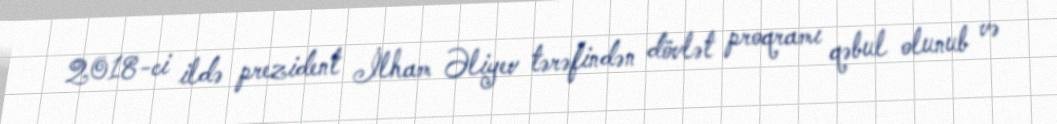
2018-ci ildə prezident İlham Əliyev tərəfindən dövlət proqramı qəbul olunub və